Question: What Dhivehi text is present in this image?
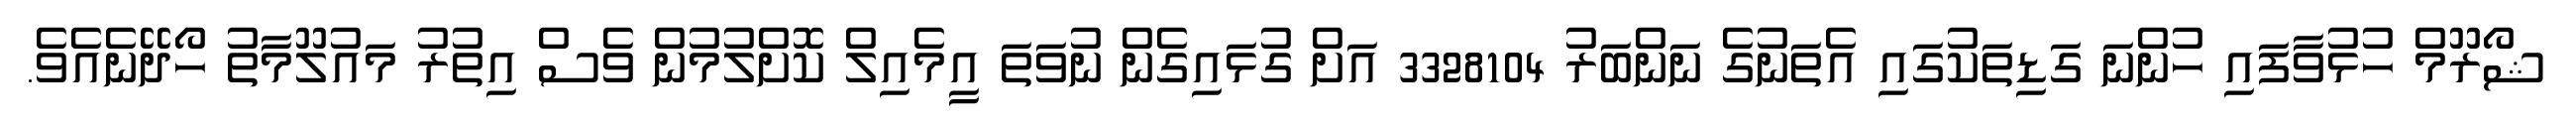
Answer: ޝޯރޫމް ހުޅުވާފައި ހުންނަ ގަޑިތަކުގައި އެތަނުގެ ނަންބަރު 3328104 އަށް ގުޅައިގެން ނުވަތަ އީމެއިލް ކޮށްލުމުން ވެސް އިތުރު މައުލޫމާތު ހޯދޭނެއެވެ.